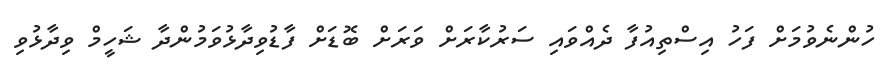
ހުންނެވުމަށް ފަހު އިސްތިއުފާ ދެއްވައި ސަރުކާރަށް ވަރަށް ބޮޑަށް ފާޑުވިދާޅުވަމުންދާ ޝަހީމް ވިދާޅުވި